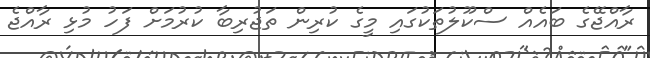
ރާއްޖޭގެ ބައެއް ސްކޫލުތަކުގައި މީގެ ކުރިން ތަޖުރިބާ ކުރުމަށް ފަހު މުޅި ރާއްޖެ